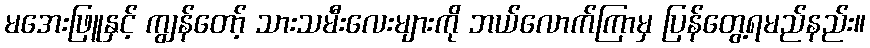
မအေးဖြူနှင့် ကျွန်တော့် သားသမီးလေးများကို ဘယ်လောက်ကြာမှ ပြန်တွေ့ရမည်နည်း။